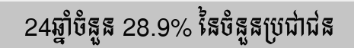
24ឆ្នាំចំនួន 28.9% នៃចំនួនប្រជាជន